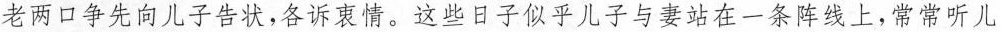
老两口争先向儿子告状，各诉衷情。这些日子似乎儿子与妻站在一条阵线上，常常听儿